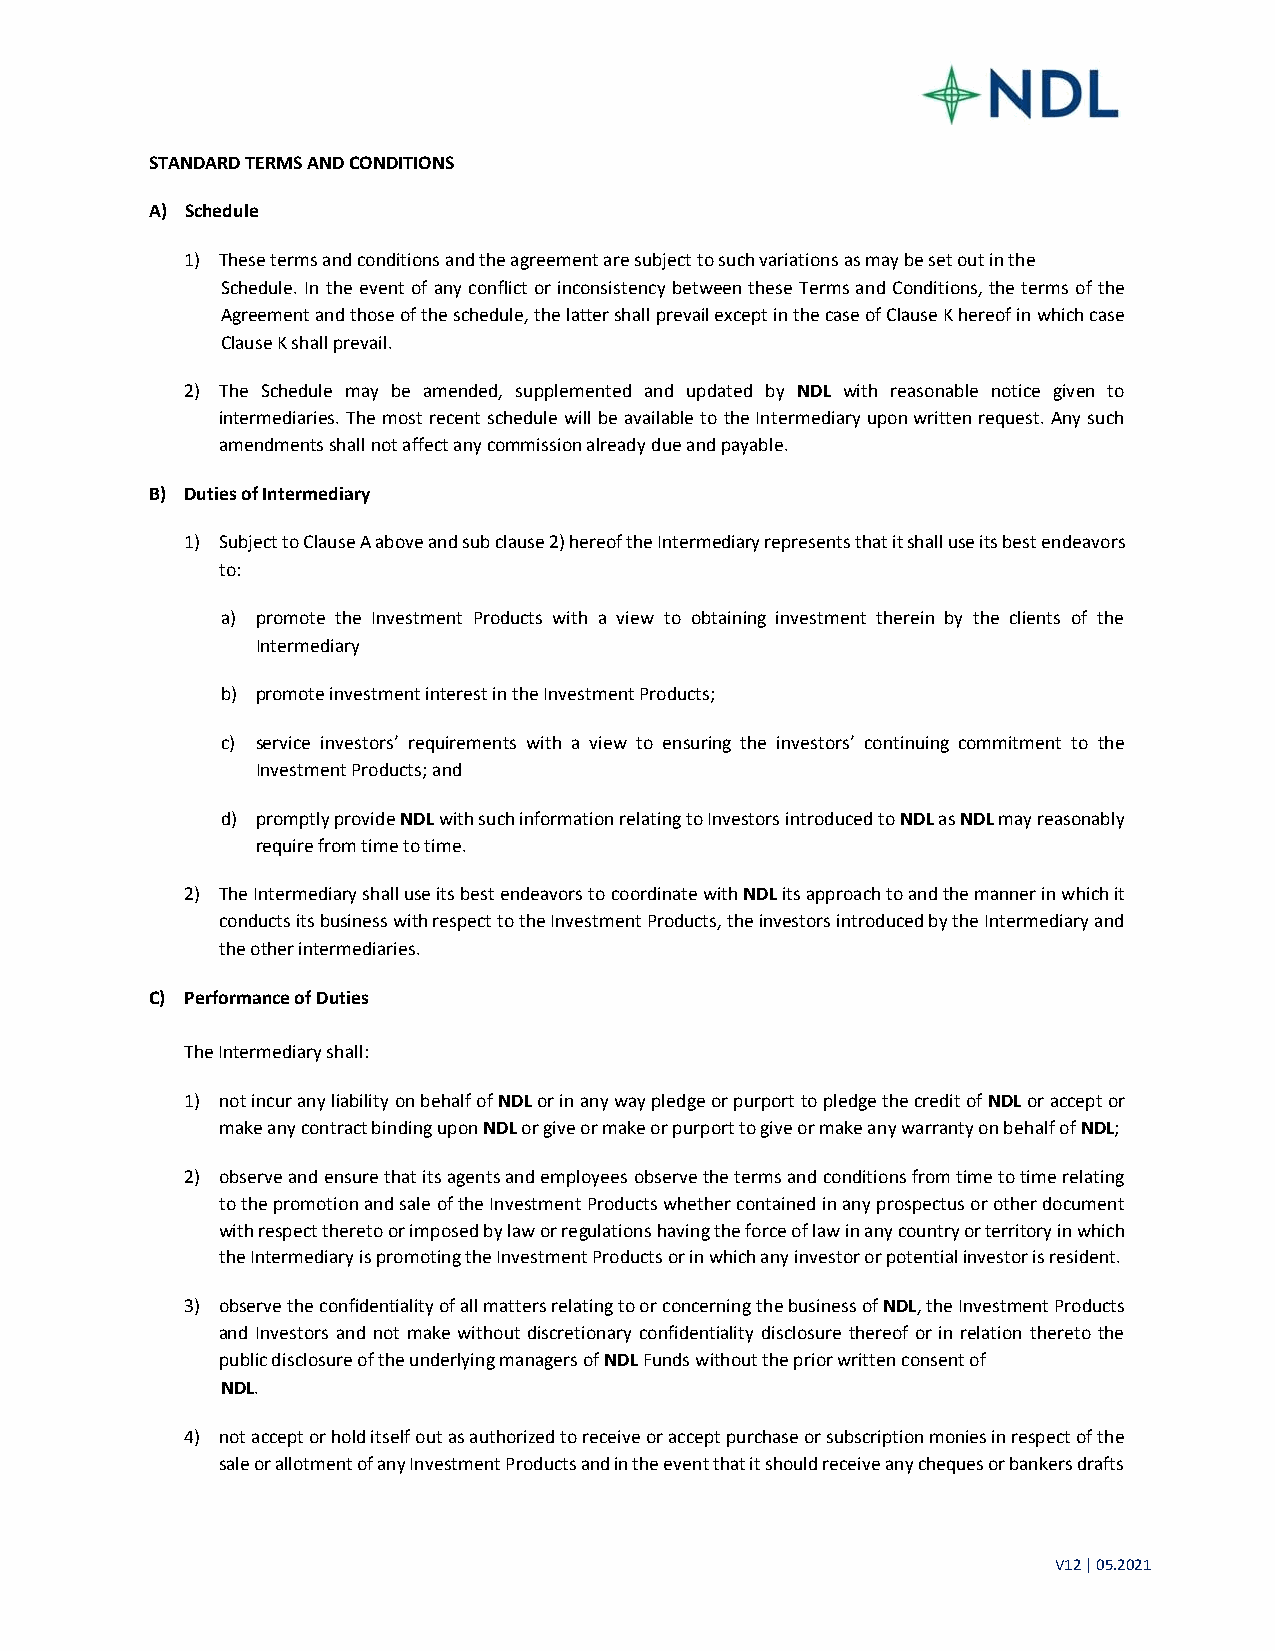
STANDARD TERMS AND CONDITIONS
 A) Schedule
 1) These terms and conditions and the agreement are subject to such variations as may be set out in the
 Schedule. In the event of any conflict or inconsistency between these Terms and Conditions, the terms of the
 Agreement and those of the schedule, the latter shall prevail except in the case of Clause K hereof in which case
 Clause K shall prevail.
 2) The Schedule may be amended, supplemented and updated by NDL with reasonable notice given to
 intermediaries. The most recent schedule will be available to the Intermediary upon written request. Any such
 amendments shall not affect any commission already due and payable.
 B) Duties of Intermediary
 1) Subject to Clause A above and sub clause 2) hereof the Intermediary represents that it shall use its best endeavors
 to:
 a) promote the Investment Products with a view to obtaining investment therein by the clients of the
 Intermediary
 b) promote investment interest in the Investment Products;
 c) service investors’ requirements with a view to ensuring the investors’ continuing commitment to the
 Investment Products; and
 d) promptly provide NDL with such information relating to Investors introduced to NDL as NDL may reasonably
 require from time to time.
 2) The Intermediary shall use its best endeavors to coordinate with NDL its approach to and the manner in which it
 conducts its business with respect to the Investment Products, the investors introduced by the Intermediary and
 the other intermediaries.
 C) Performance of Duties
 The Intermediary shall:
 1) not incur any liability on behalf of NDL or in any way pledge or purport to pledge the credit of NDL or accept or
 make any contract binding upon NDL or give or make or purport to give or make any warranty on behalf of NDL;
 2) observe and ensure that its agents and employees observe the terms and conditions from time to time relating
 to the promotion and sale of the Investment Products whether contained in any prospectus or other document
 with respect thereto or imposed by law or regulations having the force of law in any country or territory in which
 the Intermediary is promoting the Investment Products or in which any investor or potential investor is resident.
 3) observe the confidentiality of all matters relating to or concerning the business of NDL, the Investment Products
 and Investors and not make without discretionary confidentiality disclosure thereof or in relation thereto the
 public disclosure of the underlying managers of NDL Funds without the prior written consent of
 NDL.
 4) not accept or hold itself out as authorized to receive or accept purchase or subscription monies in respect of the
 sale or allotment of any Investment Products and in the event that it should receive any cheques or bankers drafts
 V12 | 05.2021